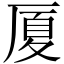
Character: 厦